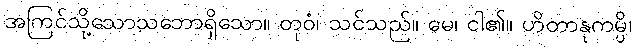
အကြင်သို့သောသဘောရှိသော။ တုဝံ၊ သင်သည်။ မေ၊ ငါ၏။ ဟိတာနုကမ္ပိ၊